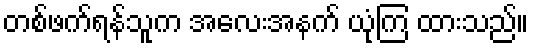
တစ်ဖက်ရန်သူက အလေးအနက် ယုံကြ ထားသည်။